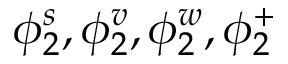
\phi _ { 2 } ^ { s } , \phi _ { 2 } ^ { v } , \phi _ { 2 } ^ { w } , \phi _ { 2 } ^ { + }